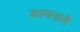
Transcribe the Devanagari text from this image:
कामवारी